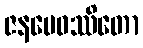
ဇနမေဝဿိတော